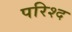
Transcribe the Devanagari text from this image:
परिश्द